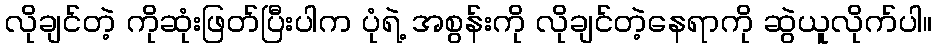
လိုချင်တဲ့ ကိုဆုံးဖြတ်ပြီးပါက ပုံရဲ့ အစွန်းကို လိုချင်တဲ့နေရာကို ဆွဲယူလိုက်ပါ။